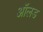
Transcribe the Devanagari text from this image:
आॅलड